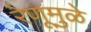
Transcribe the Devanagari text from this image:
रेणूमुळे